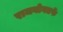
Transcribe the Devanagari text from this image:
राजयोगतर्फे